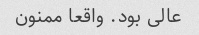
عالی بود. واقعا ممنون